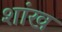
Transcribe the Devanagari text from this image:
शांख